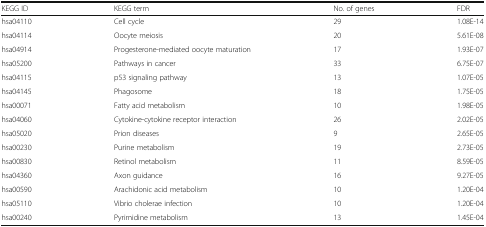
<table><thead><tr><td><b>KEGG ID</b></td><td><b>KEGG term</b></td><td><b>No. of genes</b></td><td><b>FDR</b></td></tr></thead><tbody><tr><td>hsa04110</td><td>Cell cycle</td><td>29</td><td>1.08E-14</td></tr><tr><td>hsa04114</td><td>Oocyte meiosis</td><td>20</td><td>5.61E-08</td></tr><tr><td>hsa04914</td><td>Progesterone-mediated oocyte maturation</td><td>17</td><td>1.93E-07</td></tr><tr><td>hsa05200</td><td>Pathways in cancer</td><td>33</td><td>6.75E-07</td></tr><tr><td>hsa04115</td><td>p53 signaling pathway</td><td>13</td><td>1.07E-05</td></tr><tr><td>hsa04145</td><td>Phagosome</td><td>18</td><td>1.75E-05</td></tr><tr><td>hsa00071</td><td>Fatty acid metabolism</td><td>10</td><td>1.98E-05</td></tr><tr><td>hsa04060</td><td>Cytokine-cytokine receptor interaction</td><td>26</td><td>2.02E-05</td></tr><tr><td>hsa05020</td><td>Prion diseases</td><td>9</td><td>2.65E-05</td></tr><tr><td>hsa00230</td><td>Purine metabolism</td><td>19</td><td>2.73E-05</td></tr><tr><td>hsa00830</td><td>Retinol metabolism</td><td>11</td><td>8.59E-05</td></tr><tr><td>hsa04360</td><td>Axon guidance</td><td>16</td><td>9.27E-05</td></tr><tr><td>hsa00590</td><td>Arachidonic acid metabolism</td><td>10</td><td>1.20E-04</td></tr><tr><td>hsa05110</td><td>Vibrio cholerae infection</td><td>10</td><td>1.20E-04</td></tr><tr><td>hsa00240</td><td>Pyrimidine metabolism</td><td>13</td><td>1.45E-04</td></tr></tbody></table>